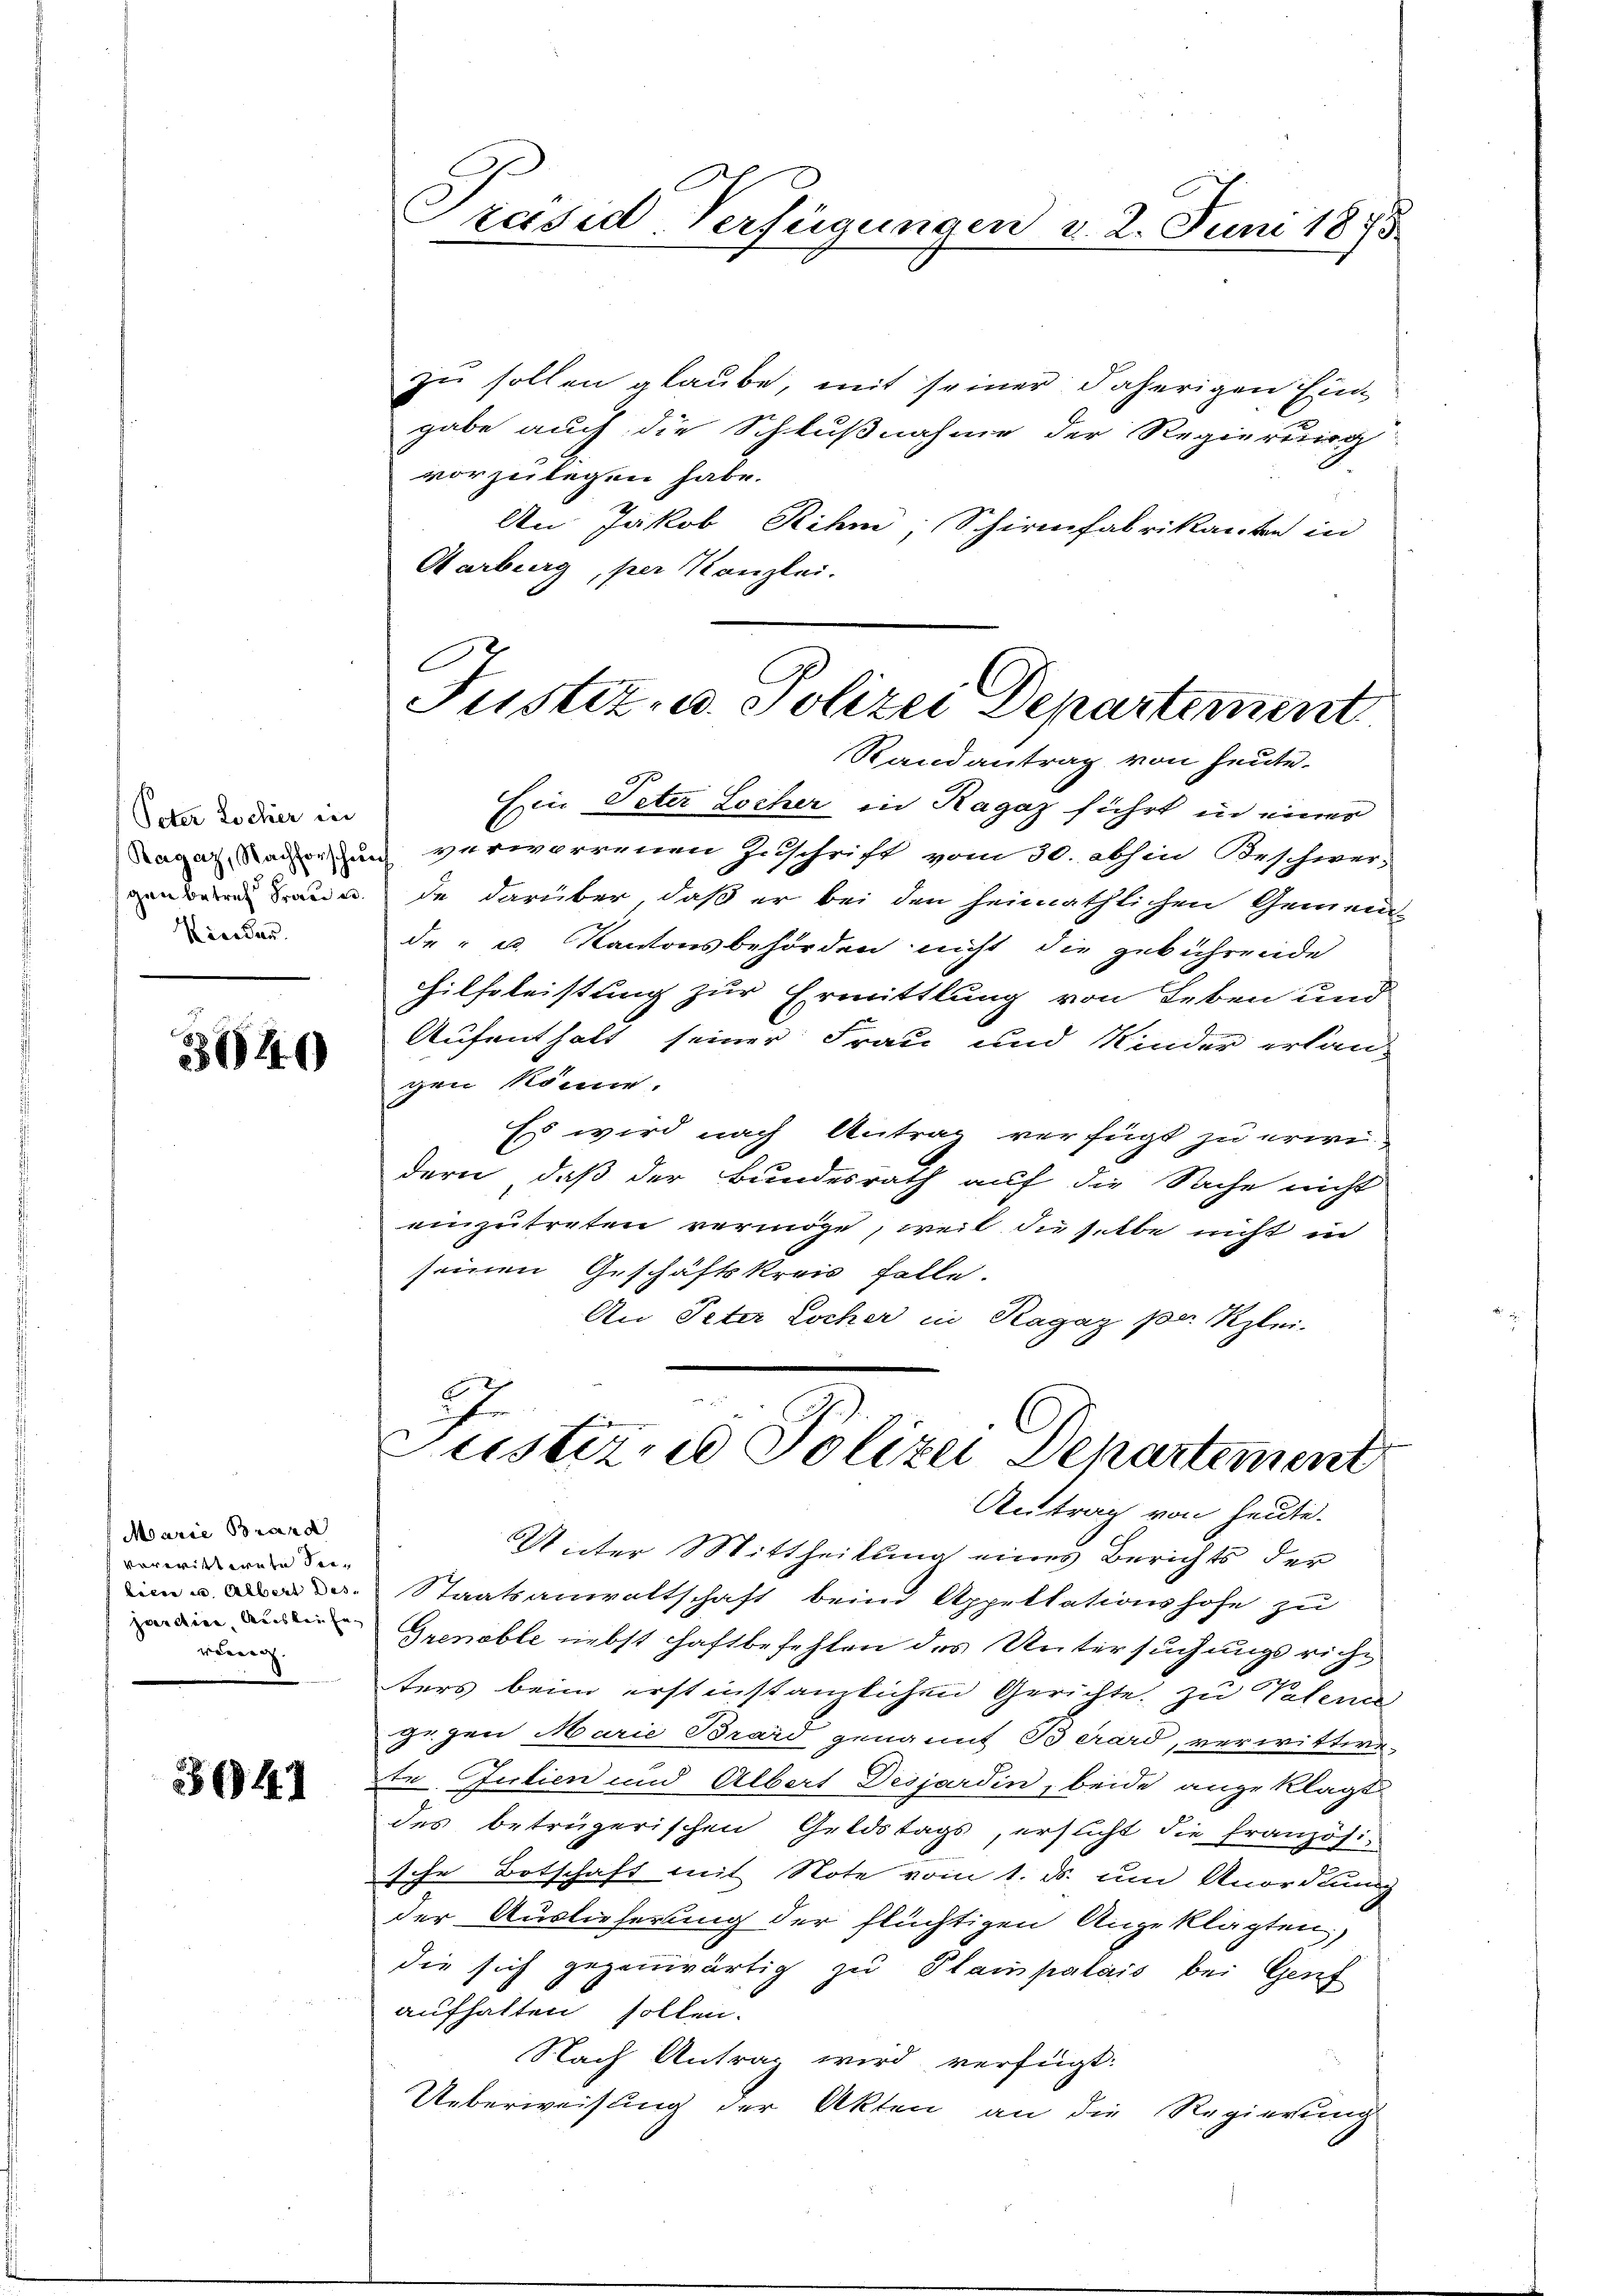
Peter Locher in
Kinder.

3040

Marie Brand
vorwitterete Seijardire, Ausbeiterang.

3941

zu sollen glaube, mit seiner daherigen Eingabe auch die Schlußnahme der Regierung
vorzulegen habe.
An Jakob Rihm; Schirenfabrikanton in
Aarburg, per Kanzlei.
C

Präsid. Verfügungen v. 2. Juni 1875.

Justiz- u. Polizei Departement
Randantrag von heute.

Ein Peter Locher in Ragaz führt in einer
Lazar, Rector zun verworrenen Zuschrift vom 30. abhin Beschwer-
ade de darüber, daß er bei den heimathlichen Gemein-
de" u. Kantonsbehörden nicht die gebührende
Hilfeleistung zur Ermittlung von Leben und
Aufenthalt seiner Frau und Kinder erlangen könne.
Es wird nach Antrag verfügt zu erwidern, daß der Bundesrath auf die Sache nicht
einzutreten vermöge, weil die selbe nicht in
seinen Geschäftskreis folle.
An Peter Locher in Ragaz pr. Klei-

.
Justirne Polizei Departement
Antrag von heute.

Unter Mittheilung eines Berichts der
 . Staatsanwaltschaft beim Appellationshofe zu
A
Grenable nebst Haftbefehlen des Untersuchungsricht
ters beim erstinstanzlichen Gerichte zu Valen
gugen Marie Braid genannt Berard, verwittwetn Julien und Albert Desjardin, beide angeklagt
des betrügerischen Geldstags, erflicht die französi-
sche Botschaft mit Note vom 1. ds. um Anordnung
der Auslieferung der flüchtigen Angeklagten,
die sich gegenwärtig zu Planpalais bei Genf
aufhalten sollen.
Nach Antrag wird verfügt:
Ueberweisung der Akten an die Regierung